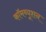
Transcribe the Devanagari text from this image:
कॉमब्यूशन